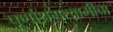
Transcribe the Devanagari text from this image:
पूर्णाश्रमस्वामींचा